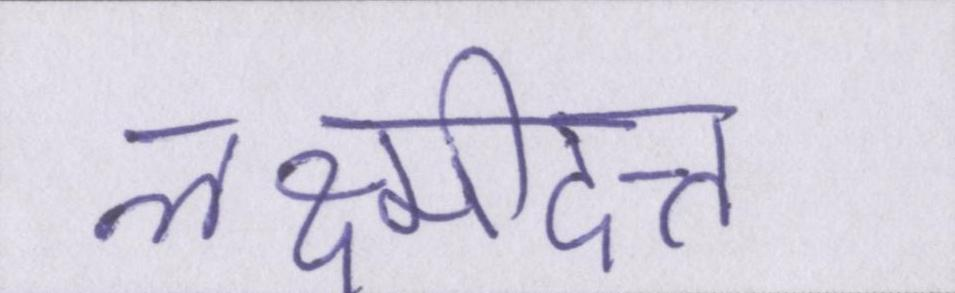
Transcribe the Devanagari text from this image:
लक्ष्मीदत्त